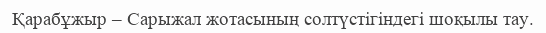
Қарабұжыр – Сарыжал жотасының солтүстігіндегі шоқылы тау.